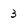
Character: 3